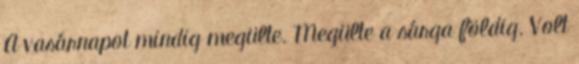
A vasárnapot mindig megülte. Megülte a sárga földig. Volt